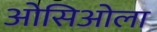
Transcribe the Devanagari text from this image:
ओसिओला